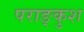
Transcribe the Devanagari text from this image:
पराङ्कुश